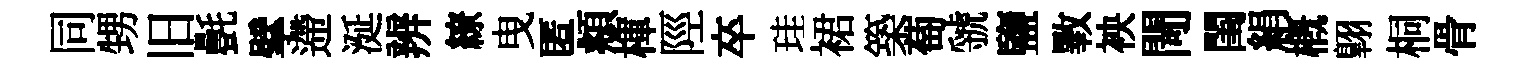
同甥旧㲲擘遰涎辨繚曳匿頫楎陘卒珪裙築萄虢鹽斁䘧閜閨絹槪翺桐骨